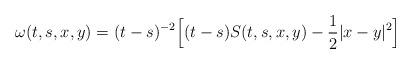
LaTeX: \begin{align*}\omega(t,s,x,y)=(t-s)^{-2}\Big[(t-s)S(t,s,x,y)-\frac{1}{2}|x-y|^2\Big]\end{align*}